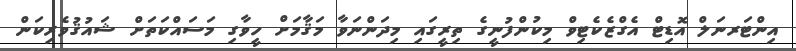
އިންޓަރނަލް އޮޑިޓް އެގްޒެކެޓިވް މިކުންފުނީގެ ތިރީގައި މިދަންނަވާ މަޤާމަށް ހީވާގި މަސައްކަތަށް ޝައުޤުވެރިކަން